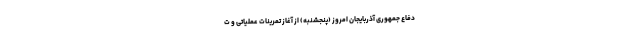
دفاع جمهوری آذربایجان امروز (پنجشنبه) از آغاز تمرینات عملیاتی و ت